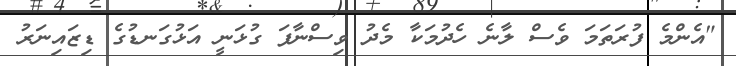
"އެންމެ ފުރަތަަމަ ވެސް ލާނެ ހެދުމަކާ މެދު ވިސްނާފަ ގުޅަނީ އަޅުގަނޑުގެ ޑިޒައިނަރު